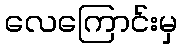
လေကြောင်းမှ